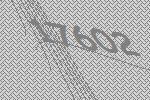
17602